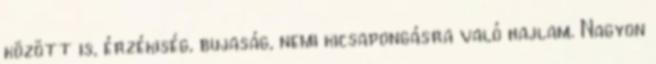
között is, érzékiség, bujaság, nemi kicsapongásra való hajlam. Nagyon